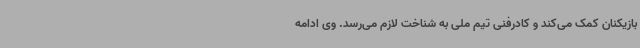
بازیکنان کمک می‌کند و کادرفنی تیم ملی به شناخت لازم می‌رسد. وی ادامه